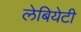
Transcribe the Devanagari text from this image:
लेबियेटी